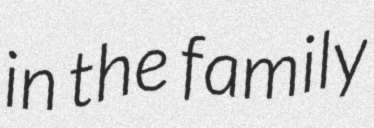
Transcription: in the family